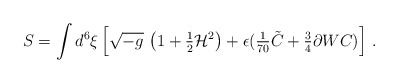
\begin{align*}S = \int d^{6}\xi \left[\sqrt {-g}\ \bigl (1+{\textstyle\frac{1}{2}}{\cal H}^{2}\bigr ) +\epsilon ( {\textstyle\frac{1}{70}}\tilde{C} +{\textstyle\frac{3}{4}} \partial W C) \right]\, .\end{align*}